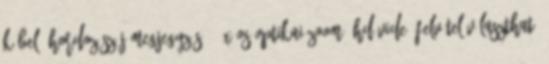
kábel, hordozószíj Megjegyzés: 18x-os optikai zoom, Hd videó felvétel,választható